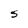
Character: S